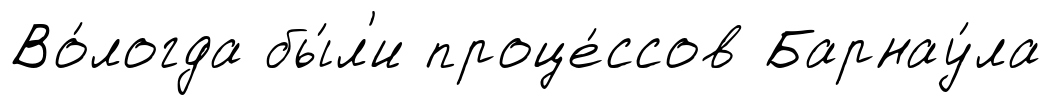
Во́логда бы́л'и проце́ссов Барнау́ла